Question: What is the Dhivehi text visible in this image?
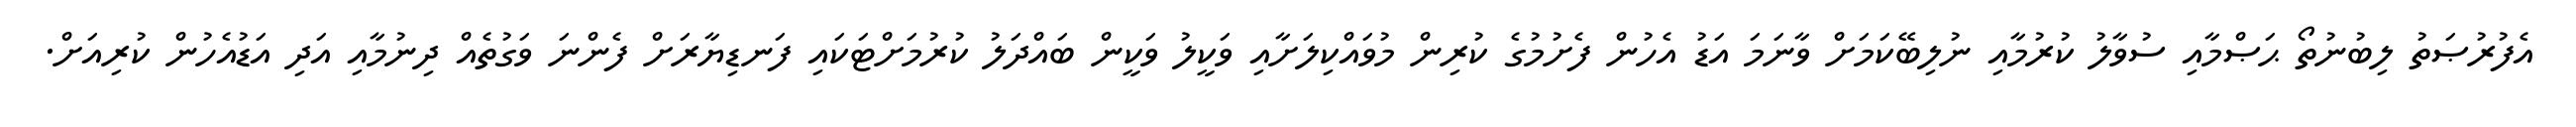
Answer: އެފުރުޞަތު ލިބުނުތޯ ޙަޞްމާއި ސުވާލު ކުރުމާއި ނުލިބޭކަމަށް ވާނަމަ އަޑު އެހުން ފެށުމުގެ ކުރިން މުވައްކިލަށާއި ވަކީލު ވަކީން ބައްދަލު ކުރުމަށްޓަކައި ފަނޑިޔާރަށް ފެންނަ ވަގުތެއް ދިނުމާއި އަދި އަޑުއެހުން ކުރިއަށް.